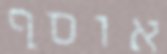
אוסף